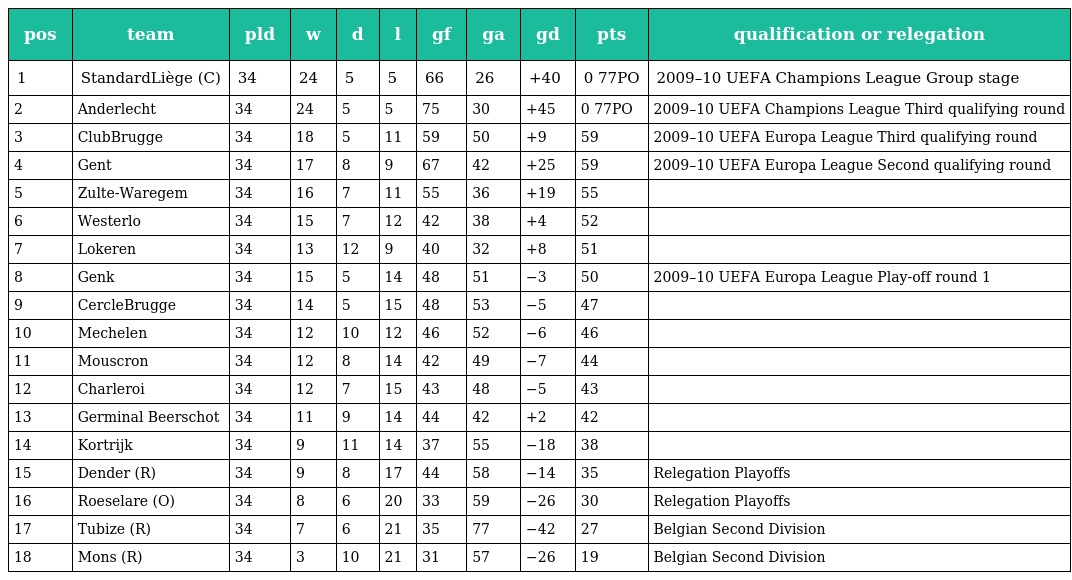
| pos | team | pld | w | d | l | gf | ga | gd | pts | qualification or relegation |
 | --- | --- | --- | --- | --- | --- | --- | --- | --- | --- | --- |
 | 1 | StandardLiège (C) | 34 | 24 | 5 | 5 | 66 | 26 | +40 | 0 77PO | 2009–10 UEFA Champions League Group stage |
 | 2 | Anderlecht | 34 | 24 | 5 | 5 | 75 | 30 | +45 | 0 77PO | 2009–10 UEFA Champions League Third qualifying round |
 | 3 | ClubBrugge | 34 | 18 | 5 | 11 | 59 | 50 | +9 | 59 | 2009–10 UEFA Europa League Third qualifying round |
 | 4 | Gent | 34 | 17 | 8 | 9 | 67 | 42 | +25 | 59 | 2009–10 UEFA Europa League Second qualifying round |
 | 5 | Zulte-Waregem | 34 | 16 | 7 | 11 | 55 | 36 | +19 | 55 |  |
 | 6 | Westerlo | 34 | 15 | 7 | 12 | 42 | 38 | +4 | 52 |  |
 | 7 | Lokeren | 34 | 13 | 12 | 9 | 40 | 32 | +8 | 51 |  |
 | 8 | Genk | 34 | 15 | 5 | 14 | 48 | 51 | −3 | 50 | 2009–10 UEFA Europa League Play-off round 1 |
 | 9 | CercleBrugge | 34 | 14 | 5 | 15 | 48 | 53 | −5 | 47 |  |
 | 10 | Mechelen | 34 | 12 | 10 | 12 | 46 | 52 | −6 | 46 |  |
 | 11 | Mouscron | 34 | 12 | 8 | 14 | 42 | 49 | −7 | 44 |  |
 | 12 | Charleroi | 34 | 12 | 7 | 15 | 43 | 48 | −5 | 43 |  |
 | 13 | Germinal Beerschot | 34 | 11 | 9 | 14 | 44 | 42 | +2 | 42 |  |
 | 14 | Kortrijk | 34 | 9 | 11 | 14 | 37 | 55 | −18 | 38 |  |
 | 15 | Dender (R) | 34 | 9 | 8 | 17 | 44 | 58 | −14 | 35 | Relegation Playoffs |
 | 16 | Roeselare (O) | 34 | 8 | 6 | 20 | 33 | 59 | −26 | 30 | Relegation Playoffs |
 | 17 | Tubize (R) | 34 | 7 | 6 | 21 | 35 | 77 | −42 | 27 | Belgian Second Division |
 | 18 | Mons (R) | 34 | 3 | 10 | 21 | 31 | 57 | −26 | 19 | Belgian Second Division |